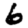
Digit: 6